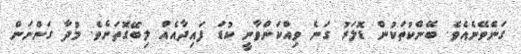
ގަނެވޭނެއެވެ. ބޭންކުތަކުން ޑޮލަރު ގަނެ ވިއްކަންވާނީ ކުޑަ ފައިދާއެއް ލިބޭގޮތަށެވެ. މުދާ ގަންނަން